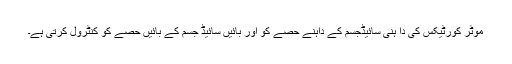
موٹر کورٹیکس کی دا ہنی سائیڈجسم کے داہنے حصے کو اور بائیں سائیڈ جسم کے بائیں حصے کو کنٹرول کرتی ہے۔